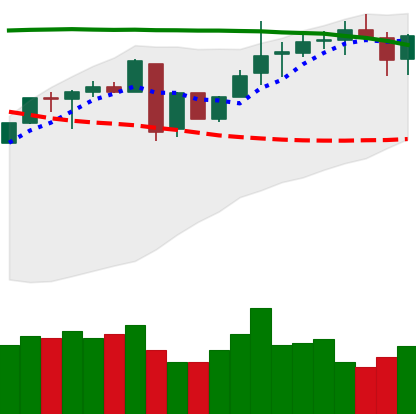
Ticker: LINK-USD
Chart end date: 2018-05-07
Forward return: -18.892%
Label: down_7plus